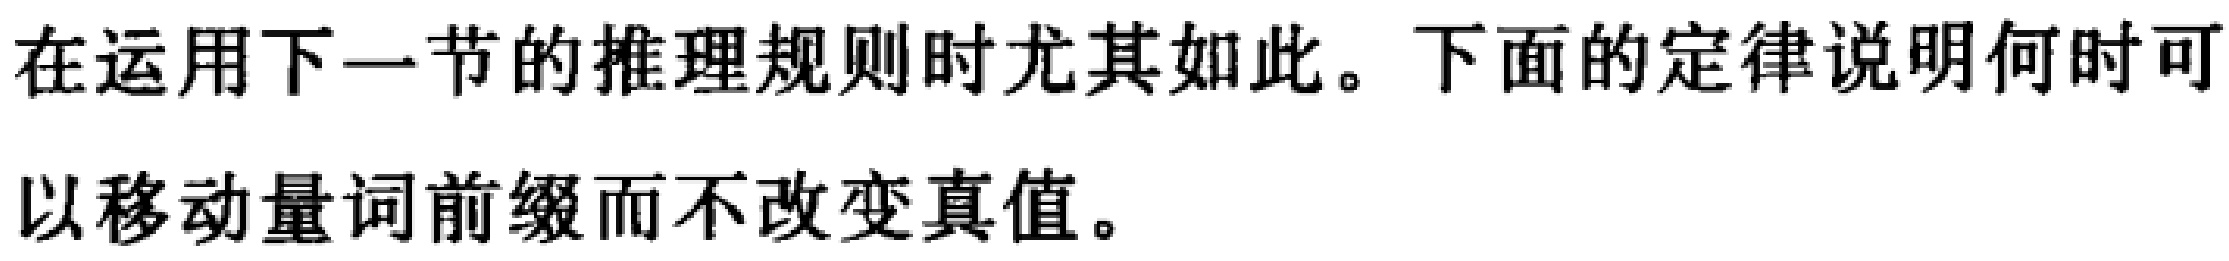
在运用下一节的推理规则时尤其如此。下面的定律说明何时可以移动量词前缀而不改变真值。